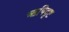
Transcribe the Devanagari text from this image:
ऋषिदृष्ट